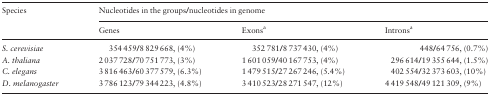
| <ROWSPAN=2> Species | <COLSPAN=3> Nucleotides in the groups/nucleotides in genome |
 | Genes | Exonsa | Intronsa |
 | --- | --- | --- | --- |
 | S. cerevisiae | 354 459/8 829 668, (4%) | 352 781/8 737 430, (4%) | 448/64 756, (0.7%) |
 | A. thaliana | 2 037 728/70 751 773, (3%) | 1 601 059/40 167 753, (4%) | 296 614/19 355 644, (1.5%) |
 | C. elegans | 3 816 463/60 377 579, (6.3%) | 1 479 515/27 267 246, (5.4%) | 402 554/32 373 603, (10%) |
 | D. melanogaster | 3 786 123/79 344 223, (4.8%) | 3 410 523/28 271 547, (12%) | 4 419 548/49 121 309, (9%) |